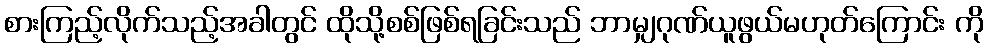
စားကြည့်လိုက်သည့်အခါတွင် ထိုသို့စစ်ဖြစ်ရခြင်းသည် ဘာမျှဂုဏ်ယူဖွယ်မဟုတ်ကြောင်း ကို